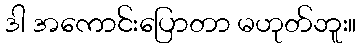
ဒါ အကောင်းပြောတာ မဟုတ်ဘူး။